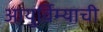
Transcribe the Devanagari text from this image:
आयुर्विम्याची